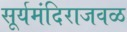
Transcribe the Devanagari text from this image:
सूर्यमंदिराजवळ